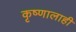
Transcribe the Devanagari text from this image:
कृष्णालाही